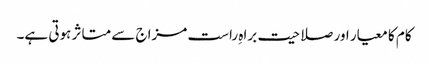
کام کا معیار اور صلاحیت براہِ راست مزاج سے متاثر ہوتی ہے۔